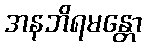
အနဘိရမန္တော